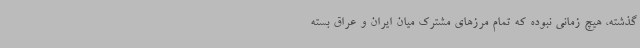
گذشته، هیچ زمانی نبوده که تمام مرزهای مشترک میان ایران و عراق بسته